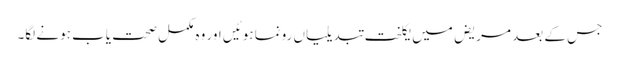
جس کے بعد مریض میں یکلخت تبدیلیاں رونما ہوئیں اور وہ مکمل صحت یاب ہونے لگا۔